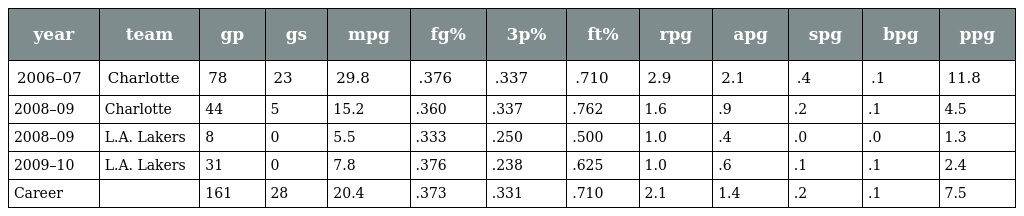
| year | team | gp | gs | mpg | fg% | 3p% | ft% | rpg | apg | spg | bpg | ppg |
 | --- | --- | --- | --- | --- | --- | --- | --- | --- | --- | --- | --- | --- |
 | 2006–07 | Charlotte | 78 | 23 | 29.8 | .376 | .337 | .710 | 2.9 | 2.1 | .4 | .1 | 11.8 |
 | 2008–09 | Charlotte | 44 | 5 | 15.2 | .360 | .337 | .762 | 1.6 | .9 | .2 | .1 | 4.5 |
 | 2008–09 | L.A. Lakers | 8 | 0 | 5.5 | .333 | .250 | .500 | 1.0 | .4 | .0 | .0 | 1.3 |
 | 2009–10 | L.A. Lakers | 31 | 0 | 7.8 | .376 | .238 | .625 | 1.0 | .6 | .1 | .1 | 2.4 |
 | Career |  | 161 | 28 | 20.4 | .373 | .331 | .710 | 2.1 | 1.4 | .2 | .1 | 7.5 |